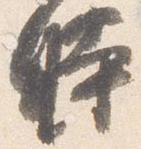
時